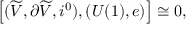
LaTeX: \left[ ( \widetilde { V } , \partial \widetilde { V } , i ^ { 0 } ) , ( U ( 1 ) , e ) \right] \cong 0 ,